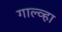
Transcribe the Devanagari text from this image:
गाल्व्हा